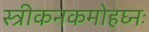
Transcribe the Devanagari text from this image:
स्त्रीकनकमोहघ्नः